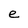
Character: e